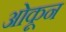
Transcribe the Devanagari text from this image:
ओकून